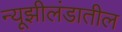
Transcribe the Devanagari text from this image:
न्यूझीलंडातील